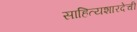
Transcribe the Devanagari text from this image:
साहित्यशारदेची